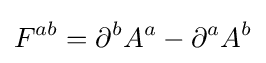
F^{ab}=\partial ^{b}A^{a}-\partial ^{a}A^{b}\,\!